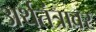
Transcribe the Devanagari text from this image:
अर्थतंत्रावर